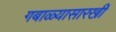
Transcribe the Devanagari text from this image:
गबाळ्यासारखी